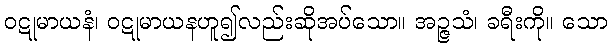
ဝဋုမာယနံ၊ ဝဋုမာယနဟူ၍လည်းဆိုအပ်သော။ အဉ္ဇသံ၊ ခရီးကို။ သော